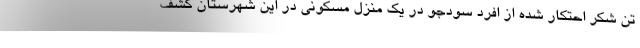
تن شکر احتکار شده از افرد سودجو در یک منزل مسکونی در این شهرستان کشف